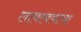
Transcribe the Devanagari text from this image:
लावावयाचा